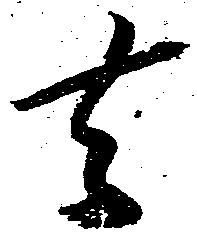
去